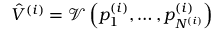
\hat { V } ^ { ( i ) } = \mathcal { V } \left( p _ { 1 } ^ { ( i ) } , \dots , p _ { N ^ { ( i ) } } ^ { ( i ) } \right)